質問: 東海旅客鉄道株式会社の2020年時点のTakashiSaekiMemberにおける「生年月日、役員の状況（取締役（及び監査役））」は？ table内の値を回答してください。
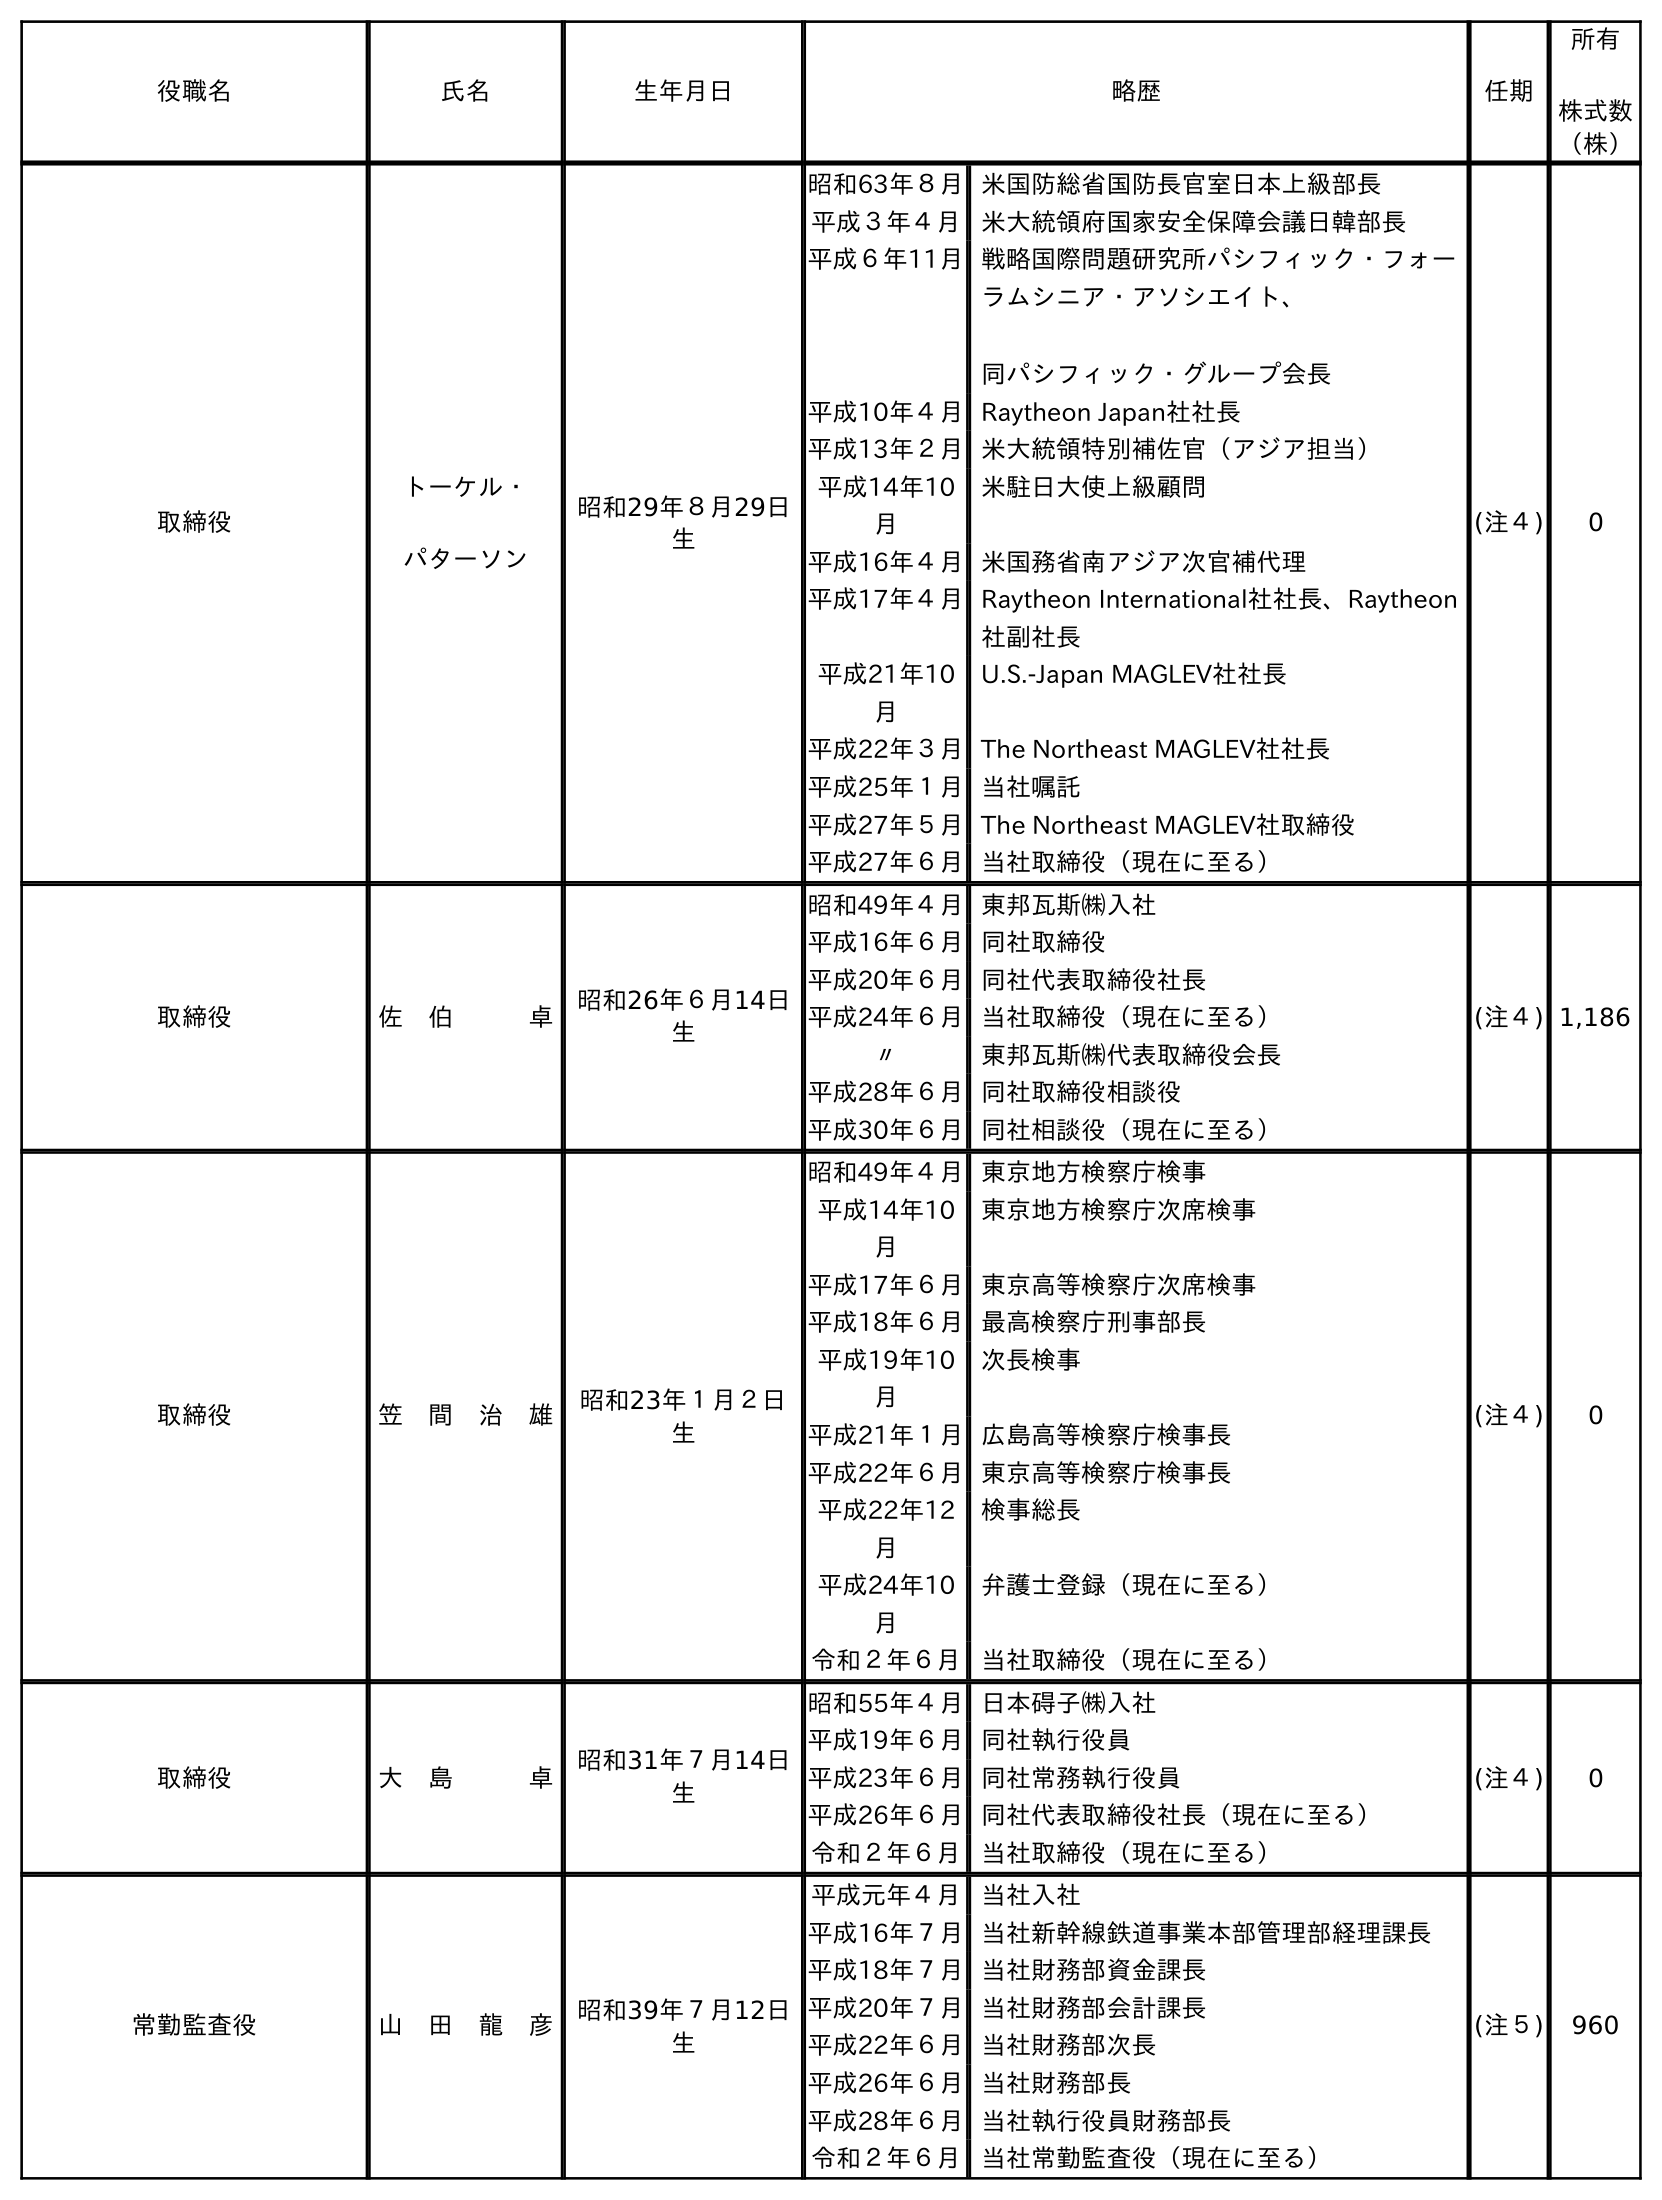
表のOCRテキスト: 役職名 氏名 生年月日 略歴 任期 所有 株式数 （株） 取締役 トーケル・ パターソン 昭和29年８月29日 生 昭和63年８月米国防総省国防長官室日本上級部長 平成３年４月 米大統領府国家安全保障会議日韓部長 平成６年11月戦略国際問題研究所パシフィック・フォー ラムシニア・アソシエイト、 同パシフィック・グループ会長 平成10年４月Raytheon Japan社社長 平成13年２月米大統領特別補佐官（アジア担当） 平成14年10 月 米駐日大使上級顧問 平成16年４月米国務省南アジア次官補代理 平成17年４月Raytheon International社社長、Raytheon 社副社長 平成21年10 月 U.S.-Japan MAGLEV社社長 平成22年３月The Northeast MAGLEV社社長 平成25年１月当社嘱託 平成27年５月The Northeast MAGLEV社取締役 平成27年６月当社取締役（現在に至る） (注４) 0 取締役 佐 伯   卓 昭和26年６月14日 生 昭和49年４月東邦瓦斯㈱入社 平成16年６月同社取締役 平成20年６月同社代表取締役社長 平成24年６月当社取締役（現在に至る） 〃 東邦瓦斯㈱代表取締役会長 平成28年６月同社取締役相談役 平成30年６月同社相談役（現在に至る） (注４) 1,186 取締役 笠 間 治 雄 昭和23年１月２日 生 昭和49年４月東京地方検察庁検事 平成14年10 月 東京地方検察庁次席検事 平成17年６月東京高等検察庁次席検事 平成18年６月最高検察庁刑事部長 平成19年10 月 次長検事 平成21年１月広島高等検察庁検事長 平成22年６月東京高等検察庁検事長 平成22年12 月 検事総長 平成24年10 月 弁護士登録（現在に至る） 令和２年６月 当社取締役（現在に至る） (注４) 0 取締役 大 島   卓 昭和31年７月14日 生 昭和55年４月日本碍子㈱入社 平成19年６月同社執行役員 平成23年６月同社常務執行役員 平成26年６月同社代表取締役社長（現在に至る） 令和２年６月 当社取締役（現在に至る） (注４) 0 常勤監査役 山 田 龍 彦 昭和39年７月12日 生 平成元年４月 当社入社 平成16年７月当社新幹線鉄道事業本部管理部経理課長 平成18年７月当社財務部資金課長 平成20年７月当社財務部会計課長 平成22年６月当社財務部次長 平成26年６月当社財務部長 平成28年６月当社執行役員財務部長 令和２年６月 当社常勤監査役（現在に至る） (注５) 960
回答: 昭和26年６月14日生